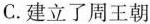
C.建立字周王222朝